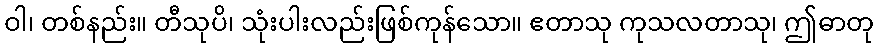
ဝါ၊ တစ်နည်း။ တီသုပိ၊ သုံးပါးလည်းဖြစ်ကုန်သော။ ဧတာသု ကုသလတာသု၊ ဤဓာတု